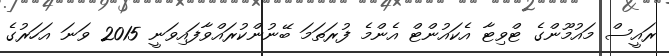
ރައީސް މައުމޫންގެ ޓްވިޓާ އެކައުންޓް އެންމެ ފުރަތަމަ ބޭނުންކުރައްވާފައިވަނީ 2015 ވަނަ އަހަރުގެ